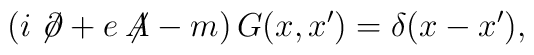
\left(i\not{\!\partial}+e\not{\!\!A}-m\right)G(x,x')=\delta(x-x'),